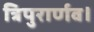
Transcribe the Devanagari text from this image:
त्रिपुरार्णव।